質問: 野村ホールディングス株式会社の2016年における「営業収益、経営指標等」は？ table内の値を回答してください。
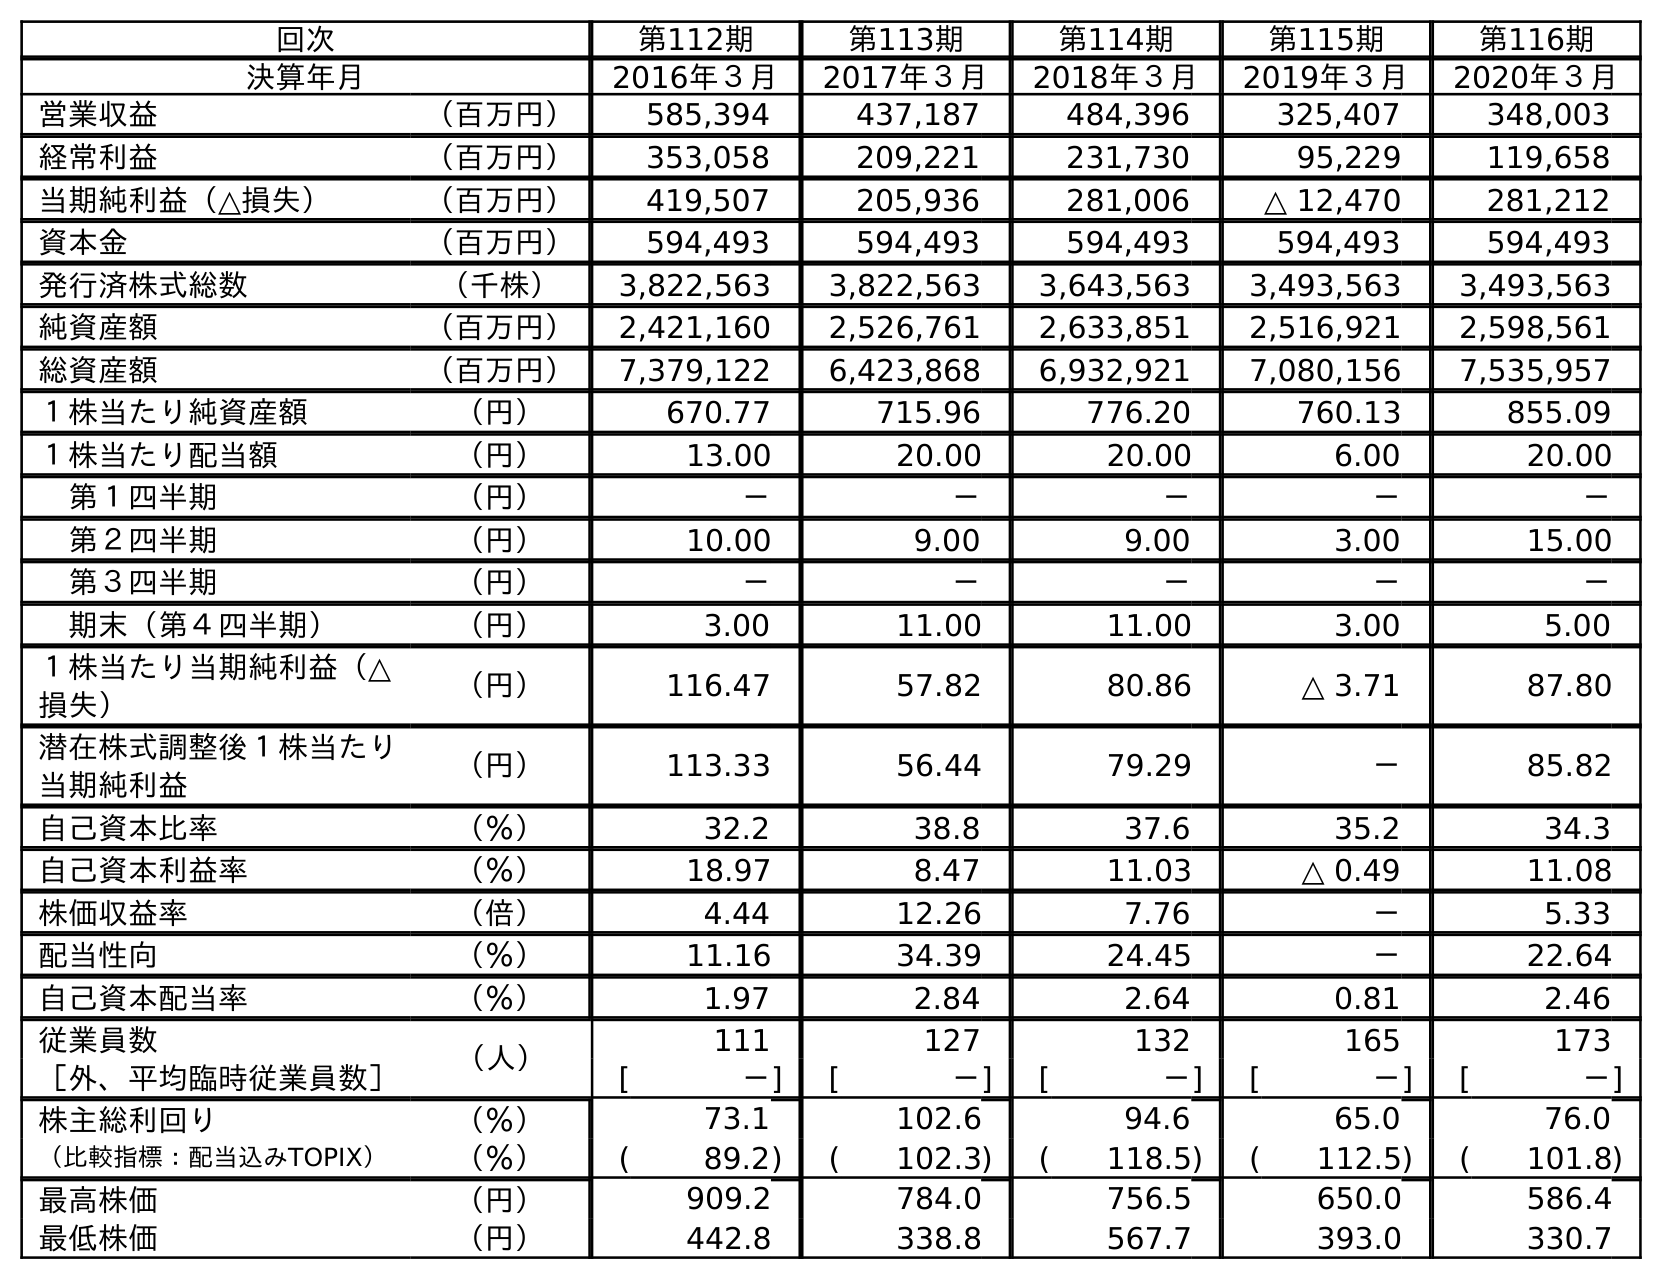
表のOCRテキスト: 回次 第112期 第113期 第114期 第115期 第116期 決算年月 2016年３月 2017年３月 2018年３月 2019年３月 2020年３月 営業収益 （百万円） 585,394 437,187 484,396 325,407 348,003 経常利益 （百万円） 353,058 209,221 231,730 95,229 119,658 当期純利益（△損失） （百万円） 419,507 205,936 281,006 △ 12,470 281,212 資本金 （百万円） 594,493 594,493 594,493 594,493 594,493 発行済株式総数 （千株） 3,822,563 3,822,563 3,643,563 3,493,563 3,493,563 純資産額 （百万円） 2,421,160 2,526,761 2,633,851 2,516,921 2,598,561 総資産額 （百万円） 7,379,122 6,423,868 6,932,921 7,080,156 7,535,957 １株当たり純資産額 （円） 670.77 715.96 776.20 760.13 855.09 １株当たり配当額 （円） 13.00 20.00 20.00 6.00 20.00 第１四半期 （円） － － － － － 第２四半期 （円） 10.00 9.00 9.00 3.00 15.00 第３四半期 （円） － － － － － 期末（第４四半期） （円） 3.00 11.00 11.00 3.00 5.00 １株当たり当期純利益（△ 損失） （円） 116.47 57.82 80.86 △ 3.71 87.80 潜在株式調整後１株当たり 当期純利益 （円） 113.33 56.44 79.29 － 85.82 自己資本比率 （％） 32.2 38.8 37.6 35.2 34.3 自己資本利益率 （％） 18.97 8.47 11.03 △ 0.49 11.08 株価収益率 （倍） 4.44 12.26 7.76 － 5.33 配当性向 （％） 11.16 34.39 24.45 － 22.64 自己資本配当率 （％） 1.97 2.84 2.64 0.81 2.46 従業員数 （人） 111 127 132 165 173 ［外、平均臨時従業員数］ [ －] [ －] [ －] [ －] [ －] 株主総利回り （％） 73.1 102.6 94.6 65.0 76.0 （比較指標：配当込みTOPIX） （％） ( 89.2) ( 102.3) ( 118.5) ( 112.5) ( 101.8) 最高株価 （円） 909.2 784.0 756.5 650.0 586.4 最低株価 （円） 442.8 338.8 567.7 393.0 330.7
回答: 585,394